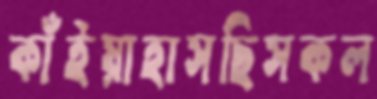
কাঁইয়াহাসছিসকল